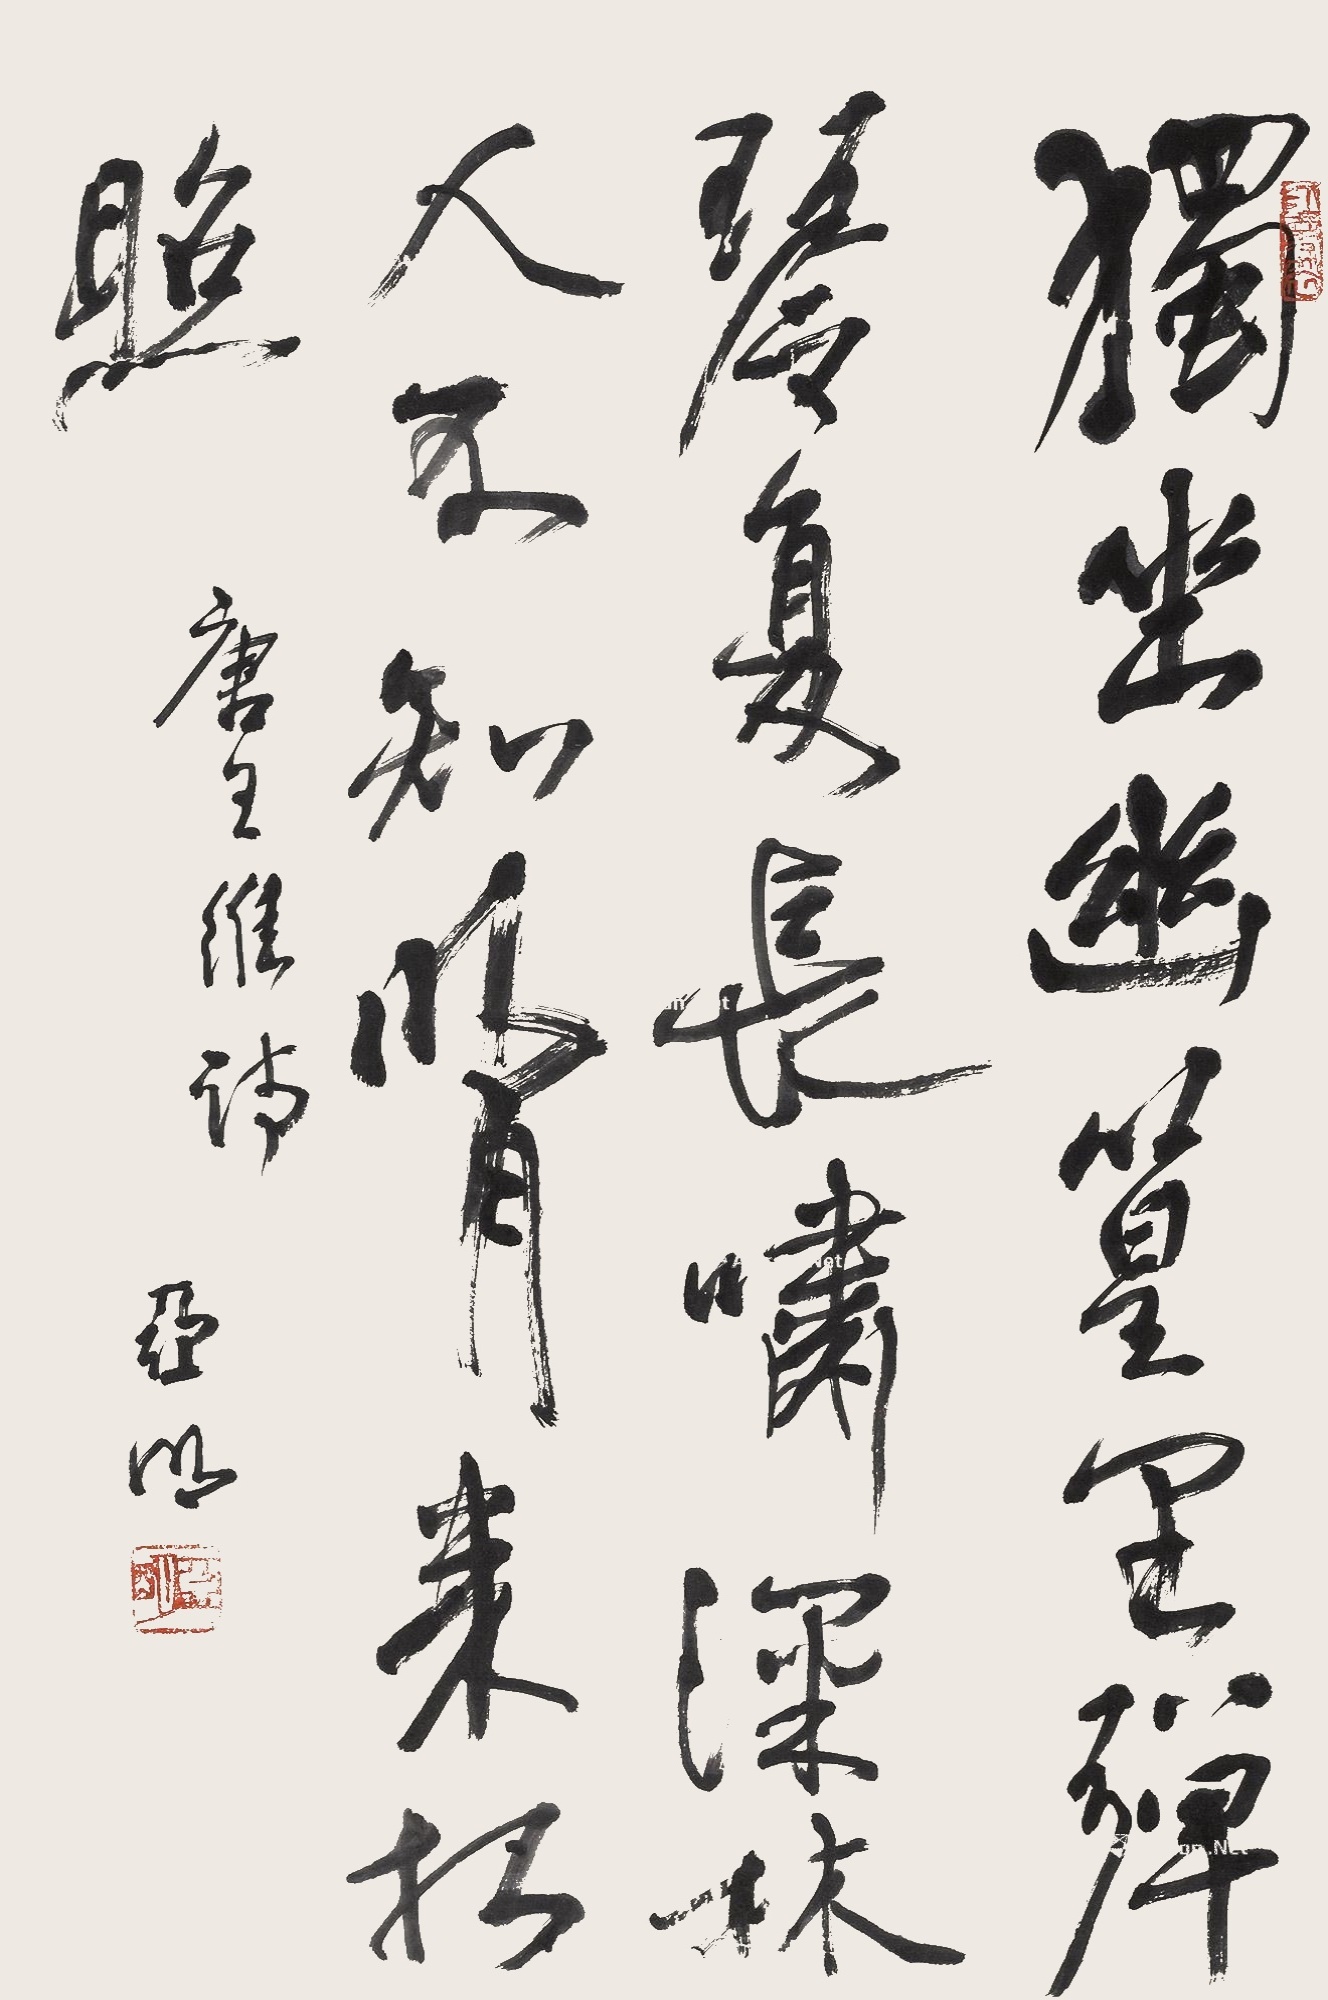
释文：独坐幽篁里，弹琴复长啸。深林人不知，明月来相照。唐王维诗，亚明。